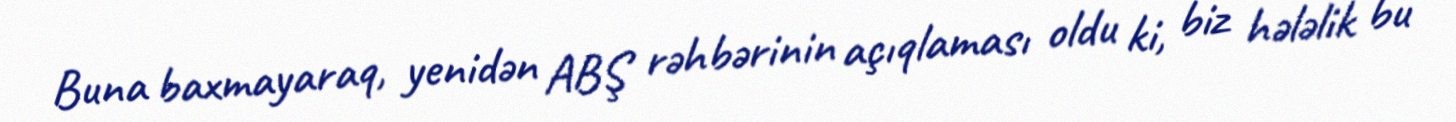
Buna baxmayaraq, yenidən ABŞ rəhbərinin açıqlaması oldu ki, biz hələlik bu